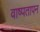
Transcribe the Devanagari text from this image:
वाष्पतापन